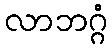
လာဘဂ္ဂံ